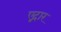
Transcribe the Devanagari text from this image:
एद्गार